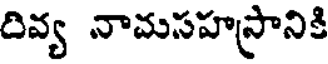
దివ్య నామసహస్రానికి